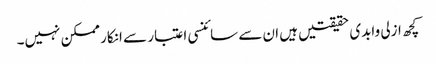
کچھ ازلی وابدی حقیقتیں ہیں ان سے سائنسی اعتبار سے انکار ممکن نہیں۔